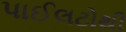
પાઈલટોથી